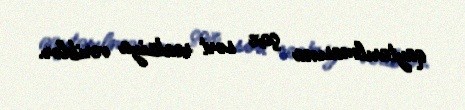
qaytarılmasına çox sərt reaksiya veriblər.